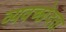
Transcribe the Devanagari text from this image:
व्यवच्छेदता